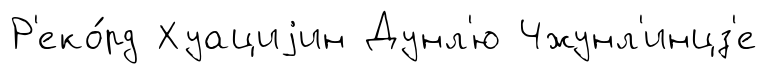
Р'еко́рд Хуациjин Дунл'ю Чжунл'инцз'е